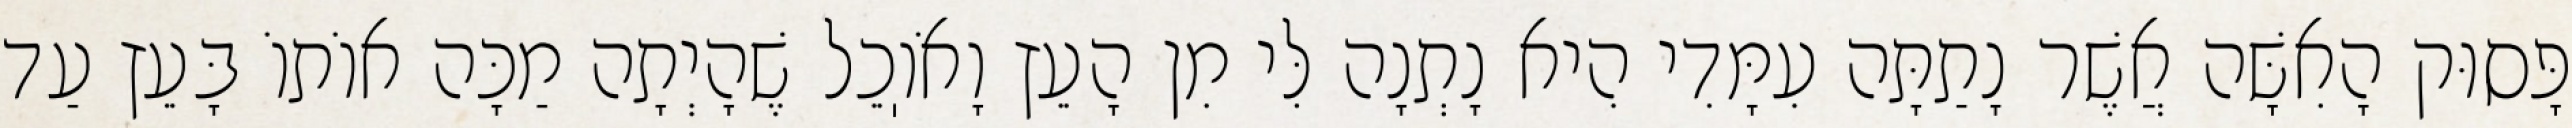
פָּסוּק הָאִשָּׁה אֲשֶׁר נָתַתָּה עִמָּדִי הִיא נָתְנָה לִּי מִן הָעֵץ וָאֹוֽכֵל שֶׁהָיְתָה מַכָּה אוֹתוֹ בָּעֵץ עַד